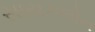
સાયકલોન